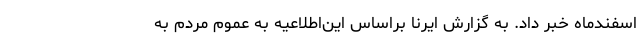
اسفندماه خبر داد. به گزارش ایرنا براساس این‌اطلاعیه به عموم مردم به